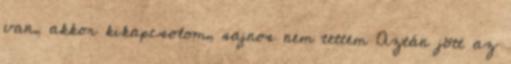
van, akkor kikapcsolom, sajnos nem tettem Aztán jött az